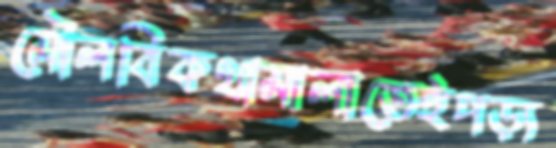
মৌলবিকথামালাতেইপড়্য